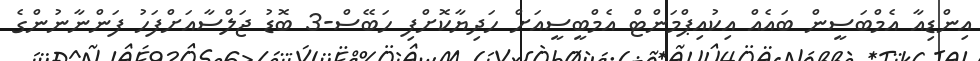
އިންޑިއާ އެމްބަސީން ބައެއް އިކުއިޕްމަންޓް އެމްބީސީއަށް ހަދިޔާކޮށްފި ހަބޭސް-3 ބޮޑު ޖަލްސާއަށްފަހު ފަންނާނުންގެ